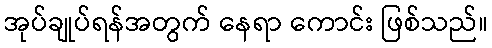
အုပ်ချုပ်ရန်အတွက် နေရာ ကောင်း ဖြစ်သည်။